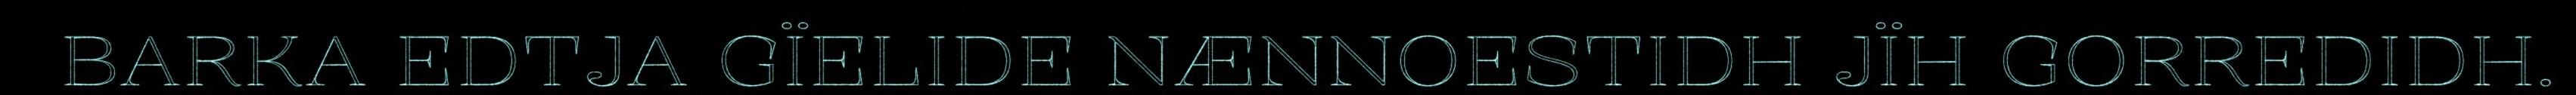
BARKA EDTJA GÏELIDE NÆNNOESTIDH JÏH GORREDIDH.